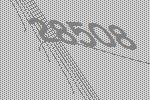
28508